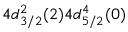
4 d _ { 3 / 2 } ^ { 2 } ( 2 ) 4 d _ { 5 / 2 } ^ { 4 } ( 0 )